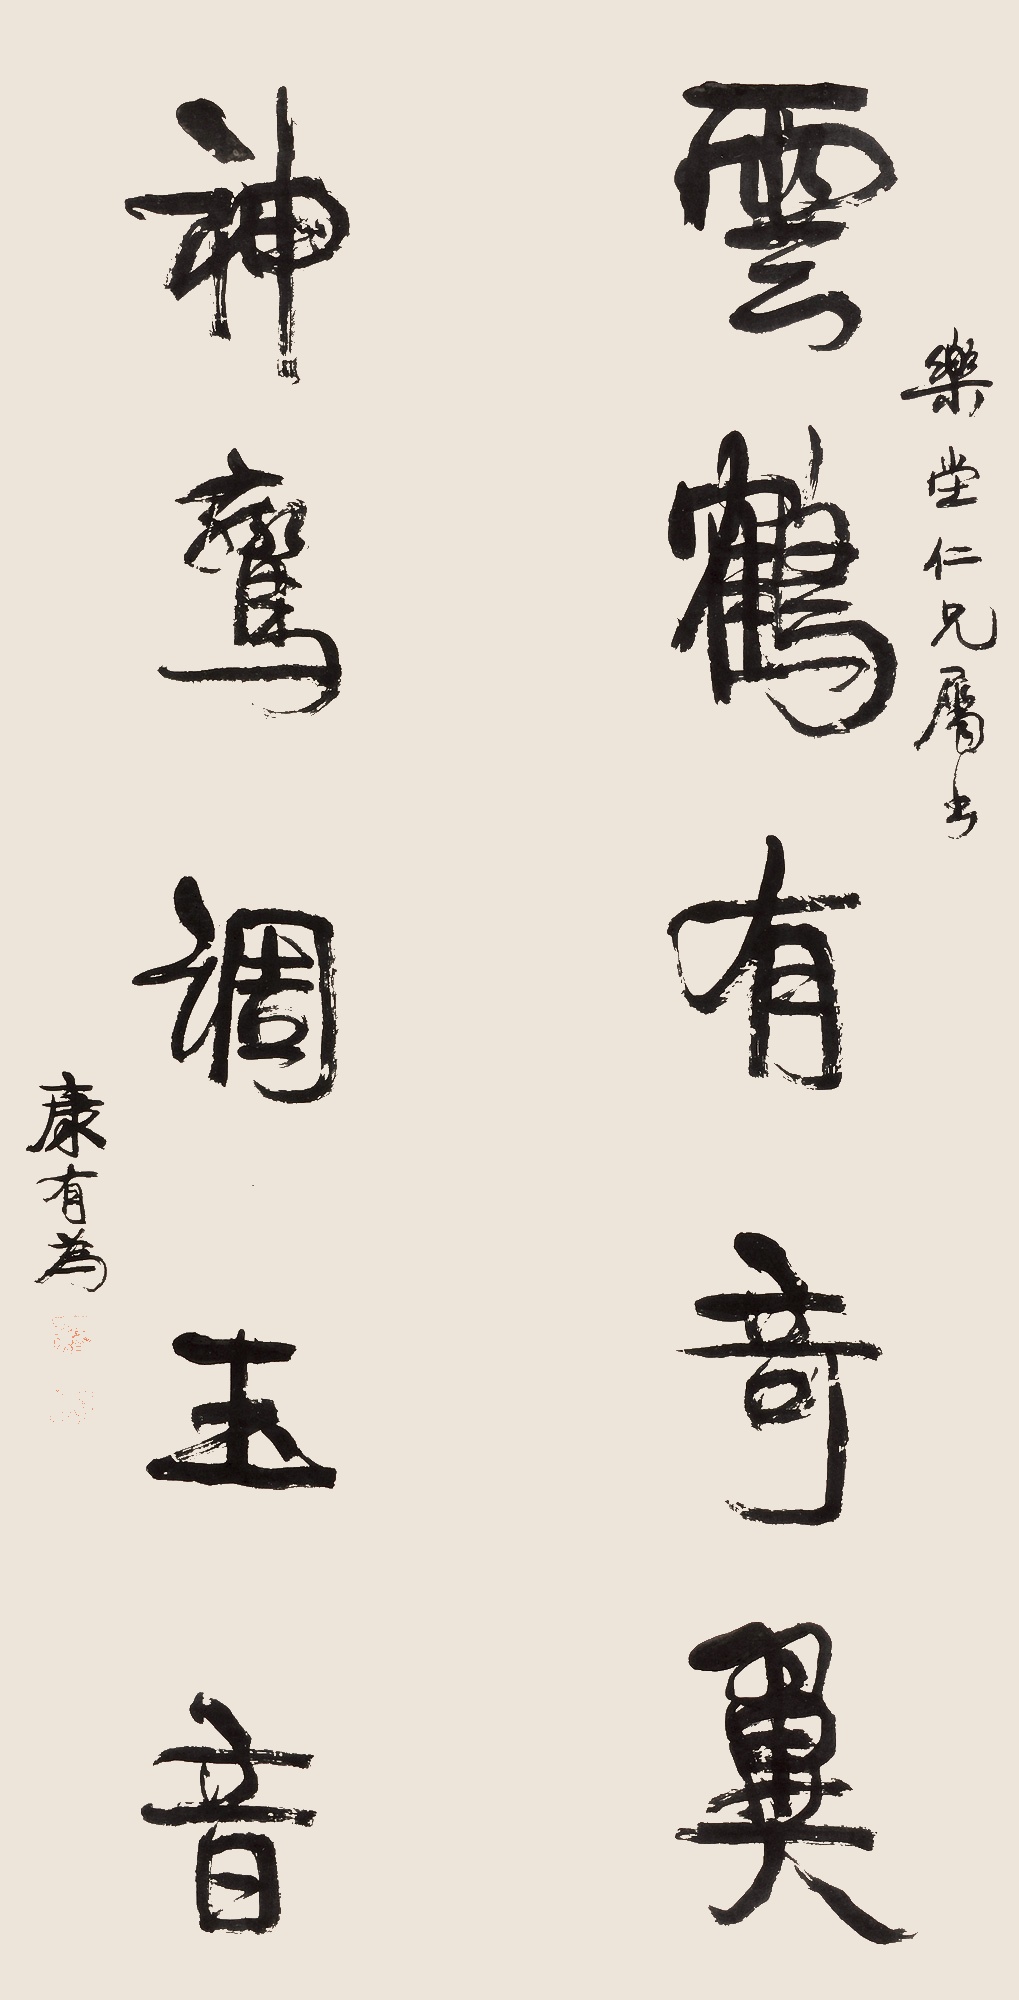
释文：云鹤有奇异，神鸾调玉音。乐堂仁兄属书，康有为。